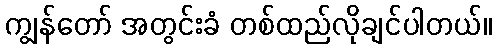
ကျွန်တော် အတွင်းခံ တစ်ထည်လိုချင်ပါတယ်။